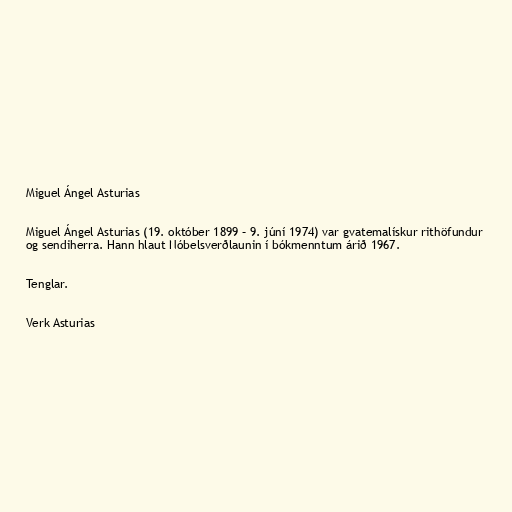
Miguel Ángel Asturias

Miguel Ángel Asturias (19. október 1899 – 9. júní 1974) var gvatemalískur rithöfundur
og sendiherra. Hann hlaut Nóbelsverðlaunin í bókmenntum árið 1967.

Tenglar.

Verk Asturias